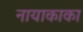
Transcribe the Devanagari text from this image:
नायाकाका